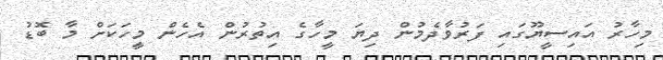
މިހާރު އައިސީޔޫގައި ފަރުވާދެމުން ދިޔަ މީހާގެ އިތުރުން އެހެން މީހަކަށް މާ ބޮޑު